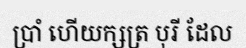
ប្រាំ ហើយក្សត្រ បុរី ដែល